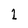
Character: 1